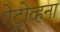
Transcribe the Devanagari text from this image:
पेट्रोव्हना